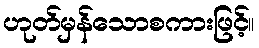
ဟုတ်မှန်သောစကားဖြင့်။